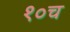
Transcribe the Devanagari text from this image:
१०च